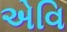
એવિ